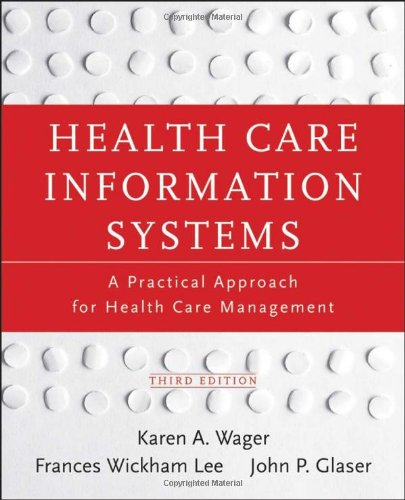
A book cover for Health Care Information Systems: A Practical Approach for Health Care Management; Karen A. Wager; Medical Books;